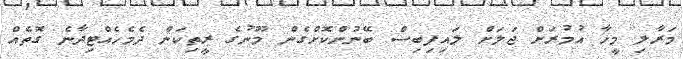
މަރާލި މީހާ އުމުރަށް ޖަލަށް ލައިފިބިސް ބޭނުންކޮށްގެން މޫނުގެ ރީތިކަން ދެމެހެއްޓިދާނެ ގޮތެއް